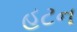
હટન